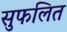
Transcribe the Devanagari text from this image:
सुफलित